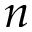
n